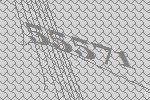
55571